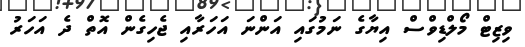
ވިޒިޓްް މޯލްޑިވްސް އިޔާގެ ނަމުގައި އަންނަ އަހަރާއި ޖެހިގެން އޮތް ދެ އަހަރު